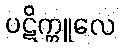
ပဋိက္ကူလေ